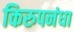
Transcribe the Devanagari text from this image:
किरुपनंधा